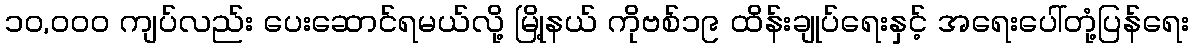
၁၀,၀၀၀ ကျပ်လည်း ပေးဆောင်ရမယ်လို့ မြို့နယ် ကိုဗစ်၁၉ ထိန်းချုပ်ရေးနှင့် အရေးပေါ်တုံ့ပြန်ရေး